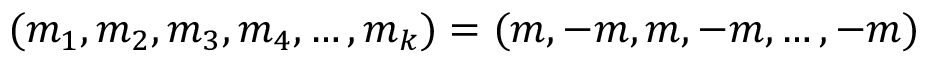
( m _ { 1 } , m _ { 2 } , m _ { 3 } , m _ { 4 } , \ldots , m _ { k } ) = ( m , - m , m , - m , \ldots , - m )